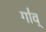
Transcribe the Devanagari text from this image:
गा॑व्